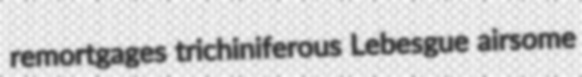
remortgages trichiniferous Lebesgue airsome